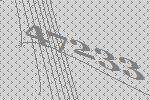
47233